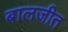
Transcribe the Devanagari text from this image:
बालजीत